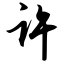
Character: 许